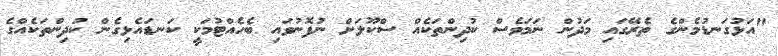
"އަޅުގަނޑުމެންގެ ތެރޭގައި މަދުން ނަމަވެސް ކުދިންތަކެއް ސްކޫލަށް ނުފޮނުވައި ބެހެއްޓުމަކީ ކަނޑައެޅިގެން ކުދިންތަކެއްގެ